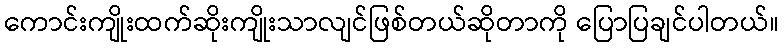
ကောင်းကျိုးထက်ဆိုးကျိုးသာလျင်ဖြစ်တယ်ဆိုတာကို ပြောပြချင်ပါတယ်။